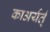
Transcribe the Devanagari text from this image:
काअर्यर्त्